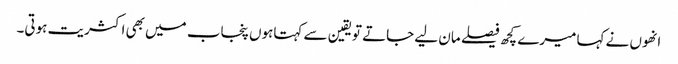
انھوں نے کہا میرے کچھ فیصلے مان لیے جاتے تویقین سے کہتاہوں پنجاب میں بھی اکثریت ہوتی۔